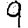
Digit: 9